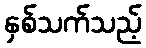
နှစ်သက်သည့်